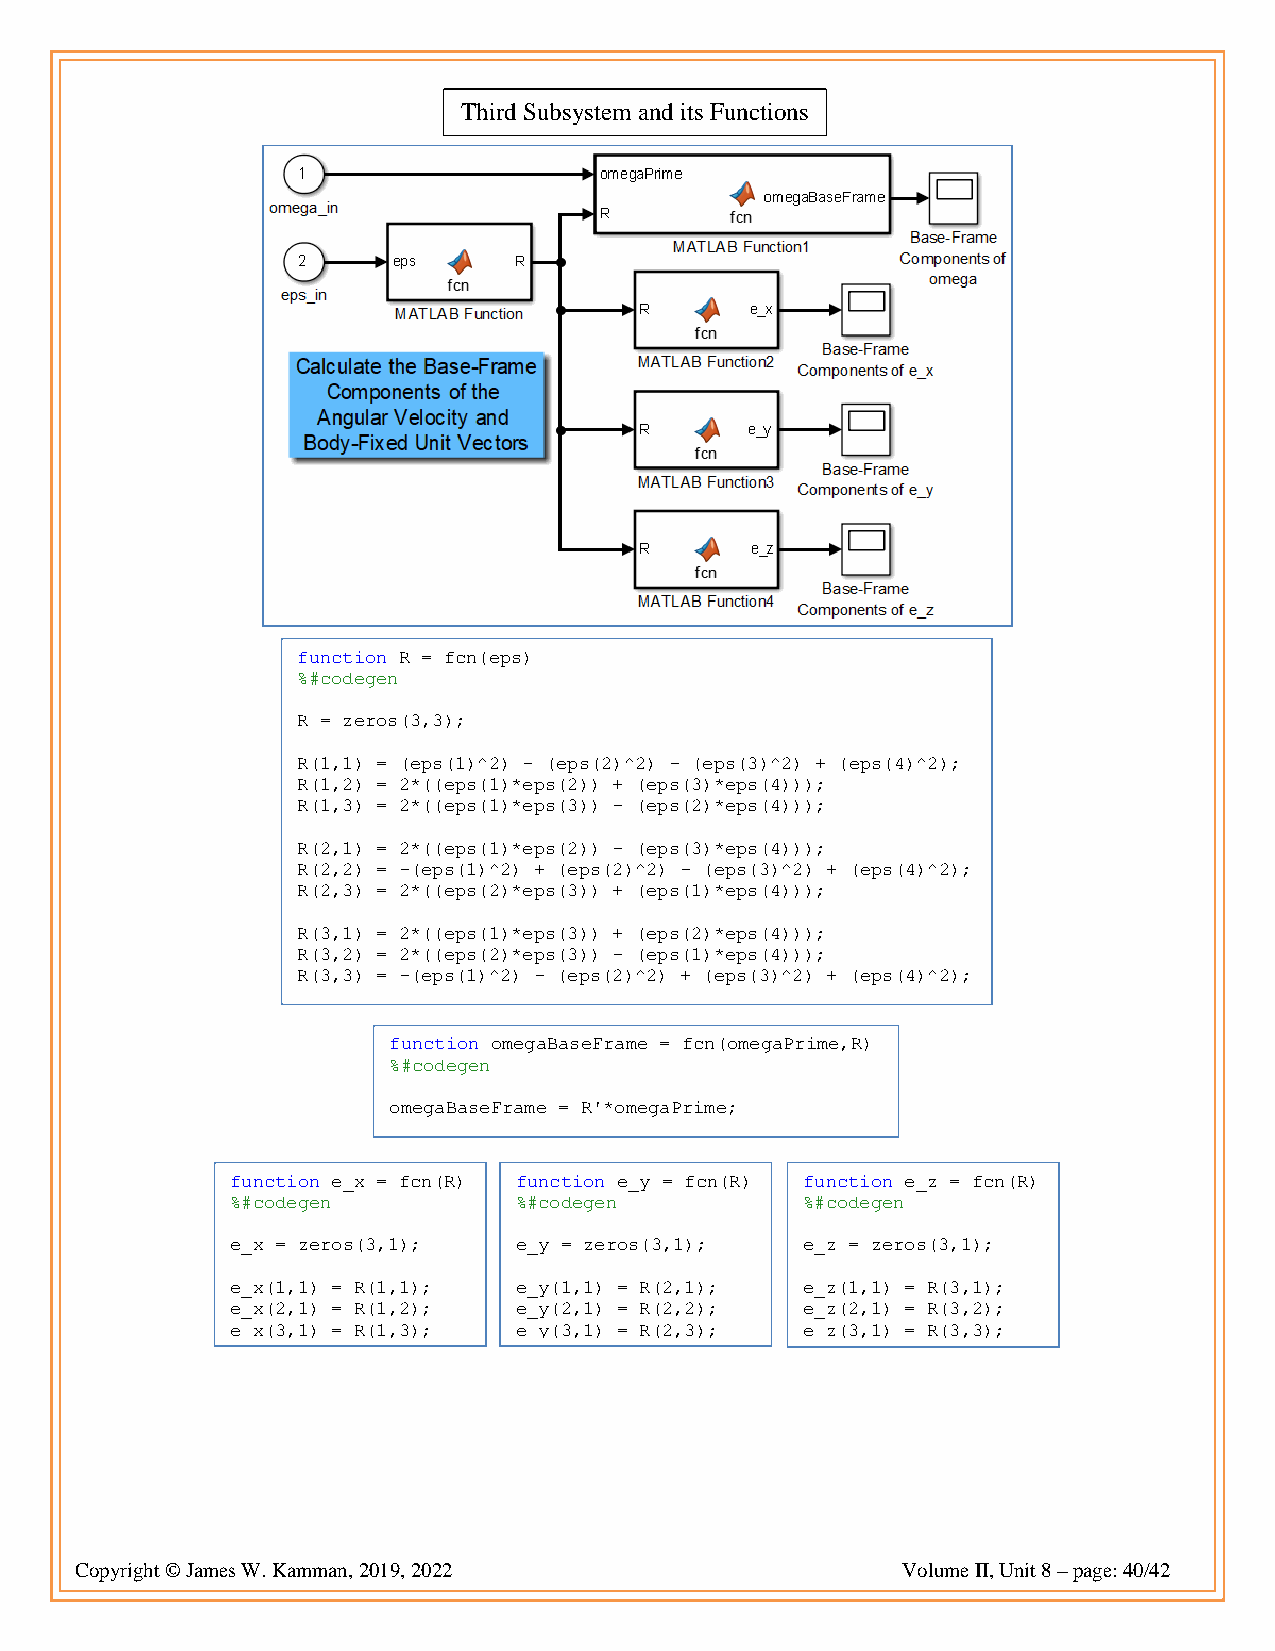
Third Subsystem and its Functions
 function R = fcn(eps)
 %#codegen
 R = zeros(3,3);
 R(1,1) = (eps(1)^2) - (eps(2)^2) - (eps(3)^2) + (eps(4)^2);
 R(1,2) = 2*((eps(1)*eps(2)) + (eps(3)*eps(4)));
 R(1,3) = 2*((eps(1)*eps(3)) - (eps(2)*eps(4)));
 R(2,1) = 2*((eps(1)*eps(2)) - (eps(3)*eps(4)));
 R(2,2) = -(eps(1)^2) + (eps(2)^2) - (eps(3)^2) + (eps(4)^2);
 R(2,3) = 2*((eps(2)*eps(3)) + (eps(1)*eps(4)));
 R(3,1) = 2*((eps(1)*eps(3)) + (eps(2)*eps(4)));
 R(3,2) = 2*((eps(2)*eps(3)) - (eps(1)*eps(4)));
 R(3,3) = -(eps(1)^2) - (eps(2)^2) + (eps(3)^2) + (eps(4)^2);
 function omegaBaseFrame = fcn(omegaPrime,R)
 %#codegen
 omegaBaseFrame = R'*omegaPrime;
 function e_x = fcn(R) function e_y = fcn(R) function e_z = fcn(R)
 %#codegen          %#codegen          %#codegen
 e_x = zeros(3,1);  e_y = zeros(3,1);  e_z = zeros(3,1);
 e_x(1,1) = R(1,1); e_y(1,1) = R(2,1); e_z(1,1) = R(3,1);
 e_x(2,1) = R(1,2); e_y(2,1) = R(2,2); e_z(2,1) = R(3,2);
 e_x(3,1) = R(1,3); e_y(3,1) = R(2,3); e_z(3,1) = R(3,3);
 Copyright © James W. Kamman, 2019, 2022                Volume II, Unit 8 – page: 40/42